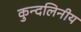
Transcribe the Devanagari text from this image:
कुन्दलिनीय